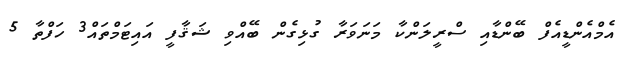
އެމްއެންޑީއެފް ބޭންޑާއި ސްރީލަންކާ މަނަވަރާ ގުޅިގެން ބޭއްވި ޝަޤާފީ އައިޓަމްތައް3 ހަފްތާ 5